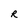
Character: R